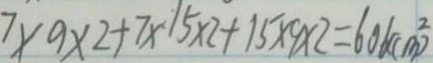
7 \times 9 \times 2 + 7 \times 1 5 \times 2 + 1 5 \times 9 \times 2 = 6 0 6 ( c m ^ { 2 } )